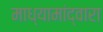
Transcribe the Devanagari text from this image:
माध्यामांद्वारा